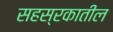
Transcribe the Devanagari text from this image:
सहस्रकातील